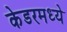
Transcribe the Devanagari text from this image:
केडरमध्ये